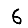
Digit: 6